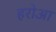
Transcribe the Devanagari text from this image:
हरोआ